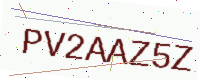
Text: PV2AAZ5Z